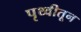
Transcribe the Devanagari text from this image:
पृथ्वीतून